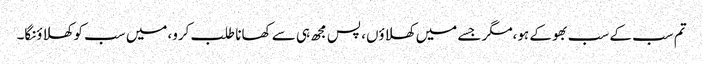
تم سب کے سب بھوکے ہو،مگر جسے میں کھلاؤں، پس مجھ ہی سے کھانا طلب کرو،میں سب کو کھلاؤنگا۔